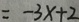
= - 3 x + 2